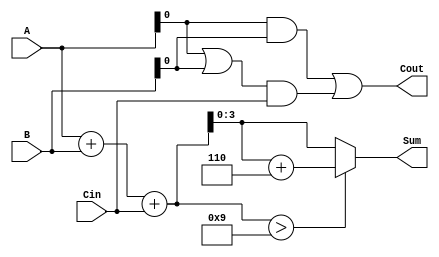
module BCD_Carry_Lookahead_Adder (
    input  [3:0] A,      // First BCD digit
    input  [3:0] B,      // Second BCD digit
    input        Cin,     // Carry-in
    output [3:0] Sum,     // BCD Sum
    output       Cout     // Carry-out
);

    // Intermediate signals
    wire [4:0] S;         // 5-bit sum to accommodate carry
    wire P;               // Propagate signal
    wire G;               // Generate signal
    wire Correction;      // Correction needed signal

    // Step 1: Initial Sum Calculation
    assign S = A + B + Cin;

    // Step 2: Carry Generation and Propagation
    assign P = A | B;     // Propagate signal
    assign G = A & B;     // Generate signal

    // Step 3: Carry Lookahead Logic
    assign Cout = G | (P & Cin);

    // Step 4: BCD Correction Logic
    assign Correction = (S > 9);

    // Step 5: Final BCD Sum Calculation
    assign Sum = Correction ? (S + 4'b0110) : S; // Add 6 if correction is needed

endmodule